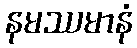
နမဿမာနံ